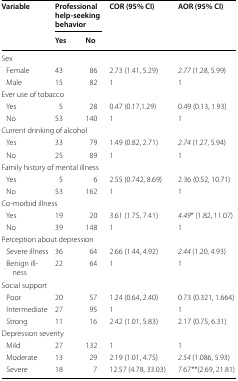
| <ROWSPAN=2> Variable | <COLSPAN=2> Professional help-seeking behavior | <ROWSPAN=2> COR (95% CI) | <ROWSPAN=2> AOR (95% CI) |
 | Yes | No |
 | --- | --- | --- | --- | --- |
 | <COLSPAN=5> Sex |
 | Female | 43 | 86 | 2.73 (1.41, 5.29) | 2.77 (1.28, 5.99) |
 | Male | 15 | 82 | 1 | 1 |
 | <COLSPAN=5> Ever use of tobacco |
 | Yes | 5 | 28 | 0.47 (0.17,1.29) | 0.49 (0.13, 1.93) |
 | No | 53 | 140 | 1 | 1 |
 | <COLSPAN=5> Current drinking of alcohol |
 | Yes | 33 | 79 | 1.49 (0.82, 2.71) | 2.74 (1.27, 5.94) |
 | No | 25 | 89 | 1 | 1 |
 | <COLSPAN=5> Family history of mental illness |
 | Yes | 5 | 6 | 2.55 (0.742, 8.69) | 2.36 (0.52, 10.71) |
 | No | 53 | 162 | 1 | 1 |
 | <COLSPAN=5> Co-morbid illness |
 | Yes | 19 | 20 | 3.61 (1.75, 7.41) | 4.49* (1.82, 11.07) |
 | No | 39 | 148 | 1 | 1 |
 | <COLSPAN=5> Perception about depression |
 | Severe illness | 36 | 64 | 2.66 (1.44, 4.92) | 2.44 (1.20, 4.93) |
 | Benign illness | 22 | 64 | 1 | 1 |
 | <COLSPAN=5> Social support |
 | Poor | 20 | 57 | 1.24 (0.64, 2.40) | 0.73 (0.321, 1.664) |
 | Intermediate | 27 | 95 | 1 | 1 |
 | Strong | 11 | 16 | 2.42 (1.01, 5.83) | 2.17 (0.75, 6.31) |
 | <COLSPAN=5> Depression severity |
 | Mild | 27 | 132 | 1 | 1 |
 | Moderate | 13 | 29 | 2.19 (1.01, 4.75) | 2.54 (1.086, 5.93) |
 | Severe | 18 | 7 | 12.57 (4.78, 33.03) | 7.67**(2.69, 21.81) |